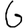
Digit: 6